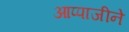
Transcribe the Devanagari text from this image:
आप्पाजीने